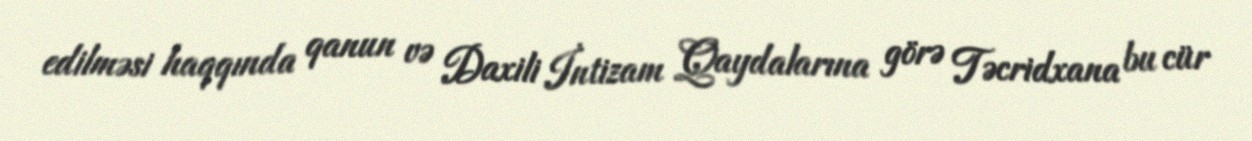
edilməsi haqqında qanun və Daxili İntizam Qaydalarına görə Təcridxana bu cür